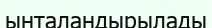
ынталандырылады